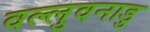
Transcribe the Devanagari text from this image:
वल्लुवनाडु